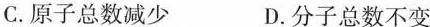
C.原子总数减少 D.分子总数不变